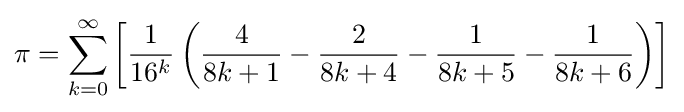
\pi =\sum _{k=0}^{\infty }\left[{\frac {1}{16^{k}}}\left({\frac {4}{8k+1}}-{\frac {2}{8k+4}}-{\frac {1}{8k+5}}-{\frac {1}{8k+6}}\right)\right]